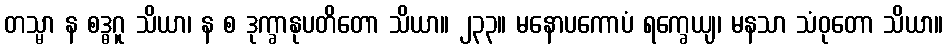
တသ္မာ န စဒ္ဓဂူ သိယာ၊ န စ ဒုက္ခာနုပတိတော သိယာ။ ၂၃၃။ မနောပကောပံ ရက္ခေယျ၊ မနသာ သံဝုတော သိယာ။